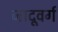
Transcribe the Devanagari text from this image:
जादूवर्ग